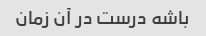
باشه درست در آن زمان